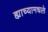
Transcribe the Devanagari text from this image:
ह्याच्यामधले